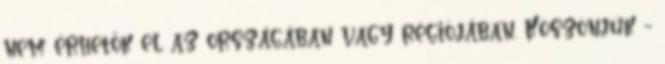
nem érhetők el az országában vagy régiójában. Köszönjük -